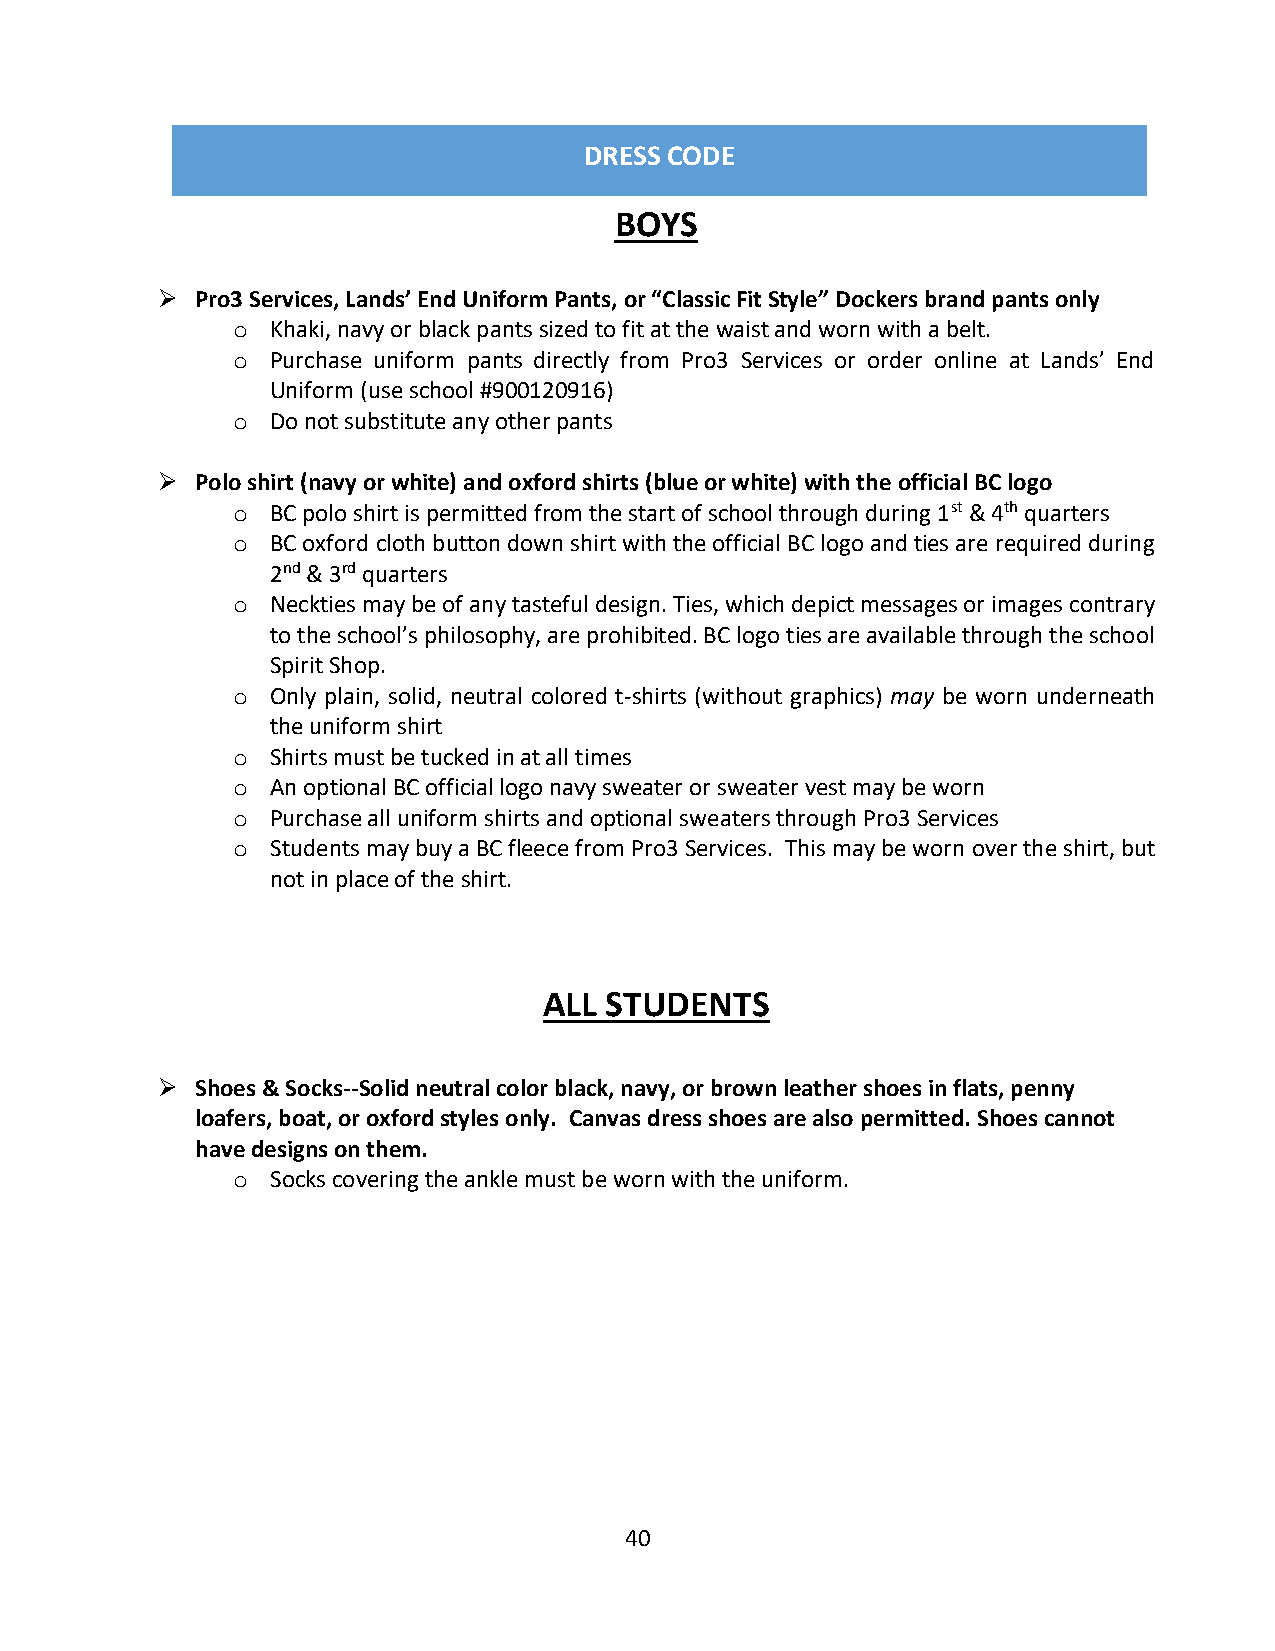
DRESS CODE
 BOYS
   Pro3 Services, Lands’ End Uniform Pants, or “Classic Fit Style” Dockers brand pants only
 o  Khaki, navy or black pants sized to fit at the waist and worn with a belt.
 o  Purchase uniform pants directly from Pro3 Services or order online at Lands’ End
 Uniform (use school #900120916)
 o  Do not substitute any other pants
   Polo shirt (navy or white) and oxford shirts (blue or white) with the official BC logo
 o  BC polo shirt is permitted from the start of school through during 1st & 4th quarters
 o  BC oxford cloth button down shirt with the official BC logo and ties are required during
 2nd & 3rd quarters
 o  Neckties may be of any tasteful design. Ties, which depict messages or images contrary
 to the school’s philosophy, are prohibited. BC logo ties are available through the school
 Spirit Shop.
 o  Only plain, solid, neutral colored t-shirts (without graphics) may be worn underneath
 the uniform shirt
 o  Shirts must be tucked in at all times
 o  An optional BC official logo navy sweater or sweater vest may be worn
 o  Purchase all uniform shirts and optional sweaters through Pro3 Services
 o  Students may buy a BC fleece from Pro3 Services. This may be worn over the shirt, but
 not in place of the shirt.
 ALL STUDENTS
   Shoes & Socks--Solid neutral color black, navy, or brown leather shoes in flats, penny
 loafers, boat, or oxford styles only. Canvas dress shoes are also permitted. Shoes cannot
 have designs on them.
 o  Socks covering the ankle must be worn with the uniform.
 40